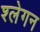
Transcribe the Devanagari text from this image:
श्लेगन